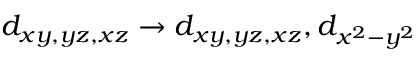
d _ { x y , y z , x z } \rightarrow d _ { x y , y z , x z } , d _ { x ^ { 2 } - y ^ { 2 } }